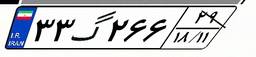
۳۳گ۲۶۶۲۹